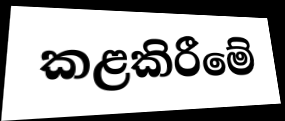
කළකිරීමේ